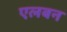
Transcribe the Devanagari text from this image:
एलबन